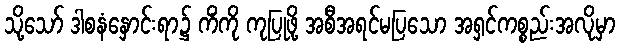
သို့သော် ဒါစနံနှောင်းရာ၌ ကိံကို ကုပြုဖို့ အစီအရင်မပြသော အရှင်ကစ္စည်းအလိုမှာ